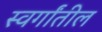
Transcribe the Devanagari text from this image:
स्वर्गांतील